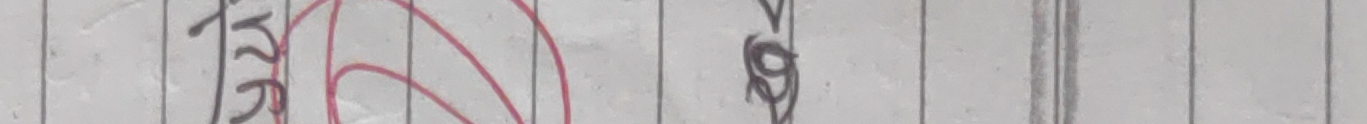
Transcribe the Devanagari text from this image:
कृ प्र